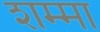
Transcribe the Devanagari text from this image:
शम्मा